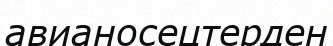
авианосецтерден